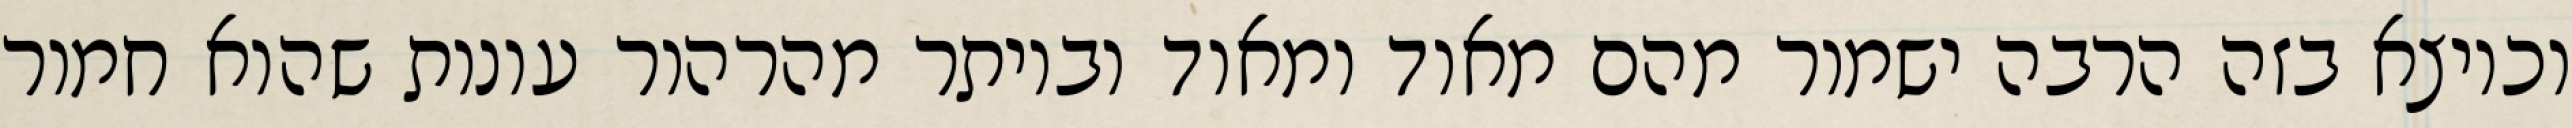
וכיוצא בזה הרבה ישמור מהם מאוד ומאוד וביותר מהרהור עונות שהוא חמור